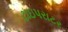
ટાઇપરાટર